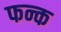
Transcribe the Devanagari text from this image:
फन्क